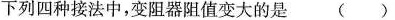
下列四种接法中，变阻器阻值变大的是 （ ）